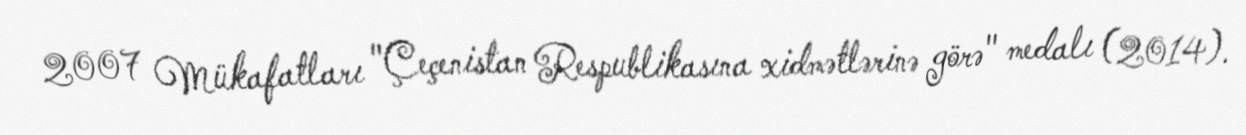
2007 Mükafatları "Çeçenistan Respublikasına xidmətlərinə görə" medalı (2014).